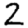
Digit: 2